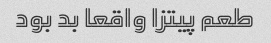
طعم پیتزا واقعا بد بود